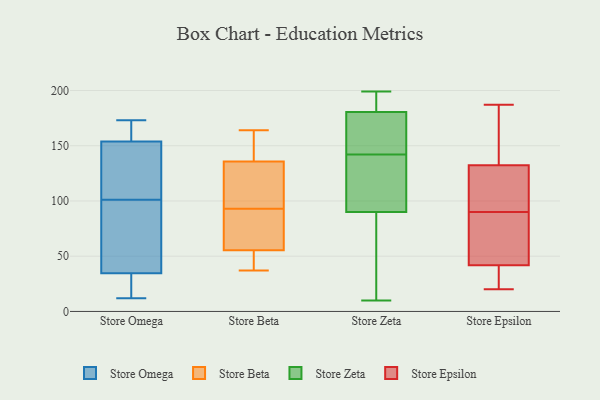
{"axis": {"x": "Website Visitors", "y": "Value"}, "legend": ["Store Beta", "Store Epsilon", "Store Omega", "Store Zeta"], "data": [{"x": "", "y": 73, "type": "Store Omega"}, {"x": "", "y": 36, "type": "Store Omega"}, {"x": "", "y": 101, "type": "Store Omega"}, {"x": "", "y": 163, "type": "Store Omega"}, {"x": "", "y": 170, "type": "Store Omega"}, {"x": "", "y": 34, "type": "Store Omega"}, {"x": "", "y": 160, "type": "Store Omega"}, {"x": "", "y": 16, "type": "Store Omega"}, {"x": "", "y": 165, "type": "Store Omega"}, {"x": "", "y": 90, "type": "Store Omega"}, {"x": "", "y": 12, "type": "Store Omega"}, {"x": "", "y": 173, "type": "Store Omega"}, {"x": "", "y": 112, "type": "Store Omega"}, {"x": "", "y": 86, "type": "Store Omega"}, {"x": "", "y": 27, "type": "Store Omega"}, {"x": "", "y": 110, "type": "Store Omega"}, {"x": "", "y": 15, "type": "Store Omega"}, {"x": "", "y": 135, "type": "Store Omega"}, {"x": "", "y": 122, "type": "Store Omega"}, {"x": "", "y": 105, "type": "Store Beta"}, {"x": "", "y": 164, "type": "Store Beta"}, {"x": "", "y": 37, "type": "Store Beta"}, {"x": "", "y": 76, "type": "Store Beta"}, {"x": "", "y": 120, "type": "Store Beta"}, {"x": "", "y": 93, "type": "Store Beta"}, {"x": "", "y": 141, "type": "Store Beta"}, {"x": "", "y": 69, "type": "Store Beta"}, {"x": "", "y": 44, "type": "Store Beta"}, {"x": "", "y": 51, "type": "Store Beta"}, {"x": "", "y": 141, "type": "Store Beta"}, {"x": "", "y": 164, "type": "Store Zeta"}, {"x": "", "y": 142, "type": "Store Zeta"}, {"x": "", "y": 197, "type": "Store Zeta"}, {"x": "", "y": 124, "type": "Store Zeta"}, {"x": "", "y": 199, "type": "Store Zeta"}, {"x": "", "y": 23, "type": "Store Zeta"}, {"x": "", "y": 10, "type": "Store Zeta"}, {"x": "", "y": 146, "type": "Store Zeta"}, {"x": "", "y": 112, "type": "Store Zeta"}, {"x": "", "y": 194, "type": "Store Zeta"}, {"x": "", "y": 86, "type": "Store Zeta"}, {"x": "", "y": 32, "type": "Store Zeta"}, {"x": "", "y": 102, "type": "Store Zeta"}, {"x": "", "y": 186, "type": "Store Zeta"}, {"x": "", "y": 158, "type": "Store Zeta"}, {"x": "", "y": 65, "type": "Store Epsilon"}, {"x": "", "y": 84, "type": "Store Epsilon"}, {"x": "", "y": 20, "type": "Store Epsilon"}, {"x": "", "y": 36, "type": "Store Epsilon"}, {"x": "", "y": 120, "type": "Store Epsilon"}, {"x": "", "y": 169, "type": "Store Epsilon"}, {"x": "", "y": 69, "type": "Store Epsilon"}, {"x": "", "y": 42, "type": "Store Epsilon"}, {"x": "", "y": 41, "type": "Store Epsilon"}, {"x": "", "y": 186, "type": "Store Epsilon"}, {"x": "", "y": 110, "type": "Store Epsilon"}, {"x": "", "y": 187, "type": "Store Epsilon"}, {"x": "", "y": 120, "type": "Store Epsilon"}, {"x": "", "y": 102, "type": "Store Epsilon"}, {"x": "", "y": 20, "type": "Store Epsilon"}, {"x": "", "y": 184, "type": "Store Epsilon"}, {"x": "", "y": 90, "type": "Store Epsilon"}]}